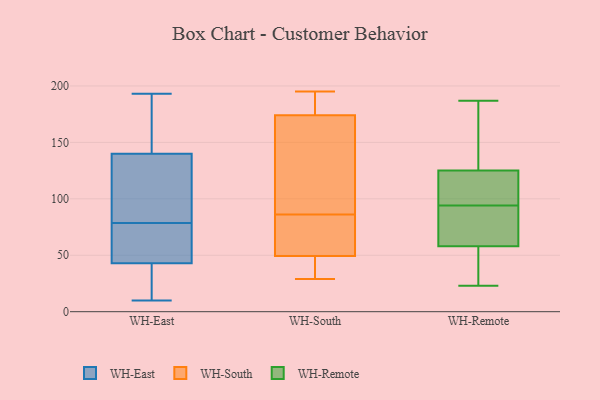
{"axis": {"x": "Satisfaction Score", "y": "Value"}, "legend": ["WH-East", "WH-Remote", "WH-South"], "data": [{"x": "", "y": 142, "type": "WH-East"}, {"x": "", "y": 193, "type": "WH-East"}, {"x": "", "y": 140, "type": "WH-East"}, {"x": "", "y": 84, "type": "WH-East"}, {"x": "", "y": 140, "type": "WH-East"}, {"x": "", "y": 10, "type": "WH-East"}, {"x": "", "y": 131, "type": "WH-East"}, {"x": "", "y": 73, "type": "WH-East"}, {"x": "", "y": 115, "type": "WH-East"}, {"x": "", "y": 43, "type": "WH-East"}, {"x": "", "y": 31, "type": "WH-East"}, {"x": "", "y": 69, "type": "WH-East"}, {"x": "", "y": 54, "type": "WH-East"}, {"x": "", "y": 22, "type": "WH-East"}, {"x": "", "y": 48, "type": "WH-South"}, {"x": "", "y": 104, "type": "WH-South"}, {"x": "", "y": 76, "type": "WH-South"}, {"x": "", "y": 29, "type": "WH-South"}, {"x": "", "y": 36, "type": "WH-South"}, {"x": "", "y": 189, "type": "WH-South"}, {"x": "", "y": 53, "type": "WH-South"}, {"x": "", "y": 195, "type": "WH-South"}, {"x": "", "y": 168, "type": "WH-South"}, {"x": "", "y": 176, "type": "WH-South"}, {"x": "", "y": 86, "type": "WH-South"}, {"x": "", "y": 179, "type": "WH-Remote"}, {"x": "", "y": 31, "type": "WH-Remote"}, {"x": "", "y": 55, "type": "WH-Remote"}, {"x": "", "y": 38, "type": "WH-Remote"}, {"x": "", "y": 61, "type": "WH-Remote"}, {"x": "", "y": 187, "type": "WH-Remote"}, {"x": "", "y": 135, "type": "WH-Remote"}, {"x": "", "y": 23, "type": "WH-Remote"}, {"x": "", "y": 187, "type": "WH-Remote"}, {"x": "", "y": 115, "type": "WH-Remote"}, {"x": "", "y": 44, "type": "WH-Remote"}, {"x": "", "y": 89, "type": "WH-Remote"}, {"x": "", "y": 105, "type": "WH-Remote"}, {"x": "", "y": 102, "type": "WH-Remote"}, {"x": "", "y": 93, "type": "WH-Remote"}, {"x": "", "y": 70, "type": "WH-Remote"}, {"x": "", "y": 92, "type": "WH-Remote"}, {"x": "", "y": 95, "type": "WH-Remote"}, {"x": "", "y": 113, "type": "WH-Remote"}, {"x": "", "y": 140, "type": "WH-Remote"}]}